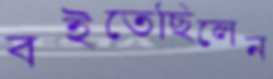
বইতেছিলেন